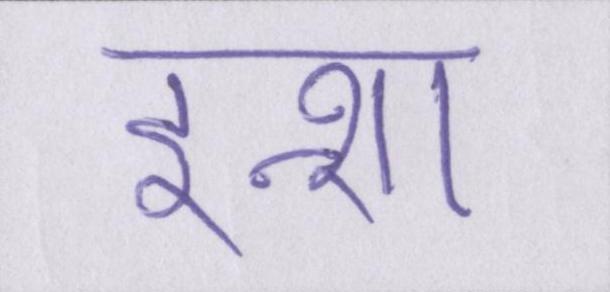
इन्शा